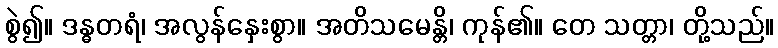
စွဲ၍။ ဒန္ဓတရံ၊ အလွန်နှေးစွာ။ အတိသမေန္တိ၊ ကုန်၏။ တေ သတ္တာ၊ တို့သည်။